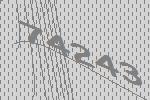
74243